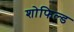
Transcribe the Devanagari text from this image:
शोफिल्ड